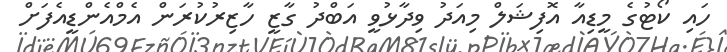
ހައި ކޯޓުގެ މީޑިއާ އޮފިޝަލް މިއަދު ވިދާޅުވީ އަބްދު ގާޒީ ހާޒިރުކުރަން އެމްއެންޑީއެފަށް